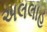
અલલાહ